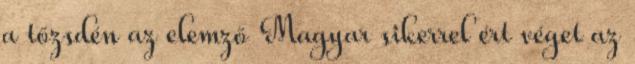
a tőzsdén az elemző Magyar sikerrel ért véget az